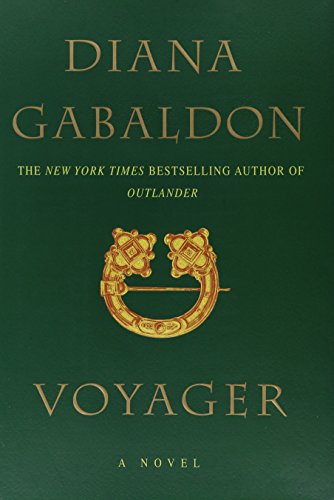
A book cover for Voyager (Outlander); Diana Gabaldon; Romance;